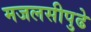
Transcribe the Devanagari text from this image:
मजलसीपुढे